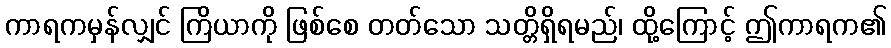
ကာရကမှန်လျှင် ကြိယာကို ဖြစ်စေ တတ်သော သတ္တိရှိရမည်၊ ထို့ကြောင့် ဤကာရက၏